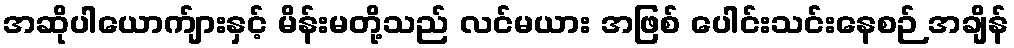
အဆိုပါယောက်ျားနှင့် မိန်းမတို့သည် လင်မယား အဖြစ် ပေါင်းသင်းနေစဉ် အချိန်